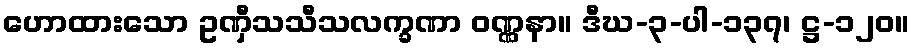
ဟောထားသော ဥဏှီသသီသလက္ခဏာ ဝဏ္ဏနာ။ ဒီဃ-၃-ပါ-၁၃၇၊ ဋ္ဌ-၁၂၀။